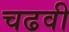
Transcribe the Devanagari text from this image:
चढवी